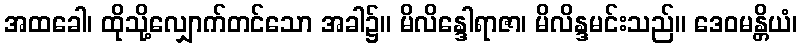
အထခေါ၊ ထိုသို့လျှောက်တင်သော အခါ၌။ မိလိန္ဒေါရာဇာ၊ မိလိန္ဒမင်းသည်။ ဒေဝမန္တိယံ၊